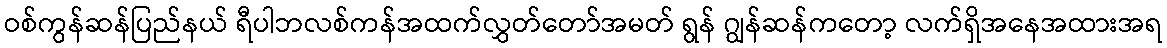
ဝစ်ကွန်ဆန်ပြည်နယ် ရီပါဘလစ်ကန်အထက်လွှတ်တော်အမတ် ရွန် ဂျွန်ဆန်ကတော့ လက်ရှိအနေအထားအရ